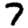
Digit: 7